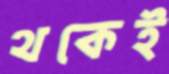
থকেই